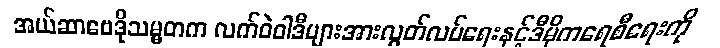
အယ်ဆာဗေဒိုသမ္မတက လက်ဝဲဝါဒီများအားလွတ်လပ်ရေးနှင့်ဒီမိုကရေစီရေးကို